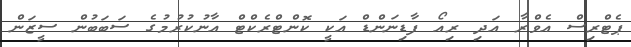
ޕެޓްރިސް އެވްރާ އަދި ރިއޯ ފާޑިނަންޑް އަކީ ކޮންޓްރެކްޓް އާނުކުރުމުގެ ސަބަބުން ސީޒަން